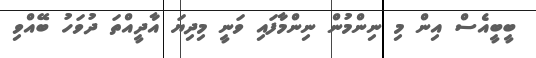
ބީބީއެސް އިން މި ނިންމުން ނިންމާފައި ވަނީ މިދިޔަ އާދީއްތަ ދުވަހު ބޭއްވި